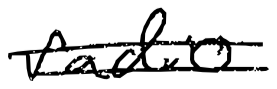
Text: radio
Cross-out: double-line
Writing tool: digital_black